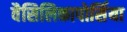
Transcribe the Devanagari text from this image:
वैसिलिकापोर्सिया